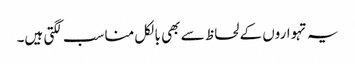
یہ تہواروں کے لحاظ سے بھی بالکل مناسب لگتی ہیں۔